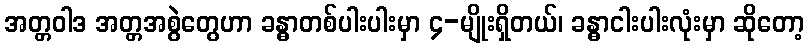
အတ္တဝါဒ အတ္တအစွဲတွေဟာ ခန္ဓာတစ်ပါးပါးမှာ ၄-မျိုးရှိတယ်၊ ခန္ဓာငါးပါးလုံးမှာ ဆိုတော့